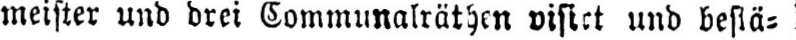
und bestä⸗